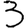
Digit: 3